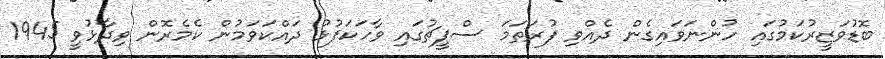
ބޮޑުވަޒީރުކަމުގައި ހުންނަވައިގެން ދެއްވި ފުރަތަމަ ސްޕީޗުގައި ވާހަކަފުޅު ދައްކަވަމުން ކެމެރޮން ވިދާޅުވީ 1945